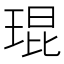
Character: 琨